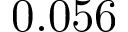
0 . 0 5 6